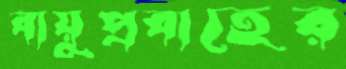
বায়ুপ্রবাহের